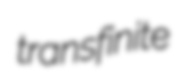
transfinite